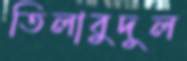
তিলাবুদুল